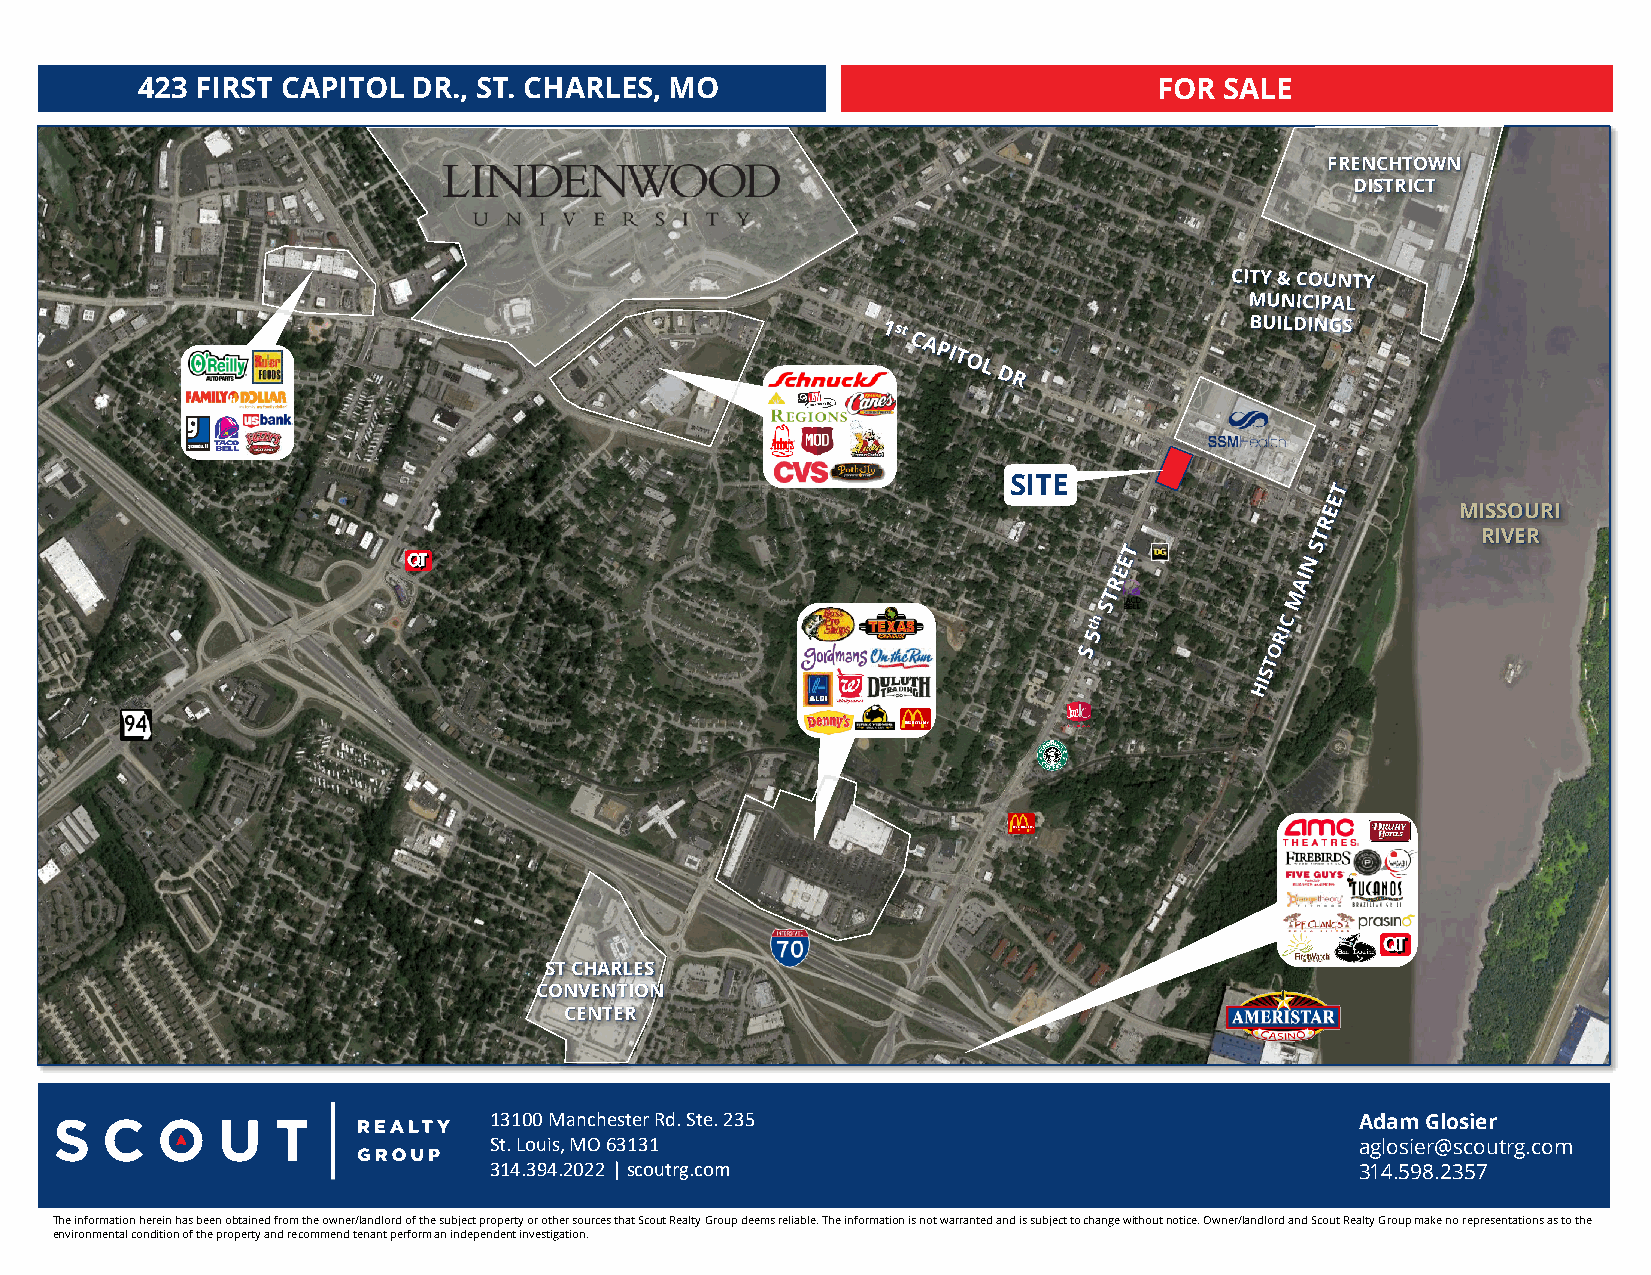
423 FIRST CAPITOL DR., ST. CHARLES, MO                              FOR SALE
 FRENCHTOWN
 DISTRICT
 SITE
 MISSOURI
 RIVER
 ST CHARLES
 CONVENTION
 CENTER
 13100 Manchester Rd. Ste. 235                             Adam Glosier
 St. Louis, MO 63131                                       aglosier@scoutrg.com
 314.394.2022 | scoutrg.com                                314.598.2357
 The information herein has been obtained from the owner/landlord of the subject property or other sources that Scout Realty Group deems reliable. The information is not warranted and is subject to change without notice. Owner/landlord and Scout Realty Group make no representations as to the
 environmental condition of the property and recommend tenant perform an independent investigation.